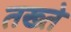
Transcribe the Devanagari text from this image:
तख्‍ते